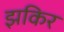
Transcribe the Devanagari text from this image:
झकिर